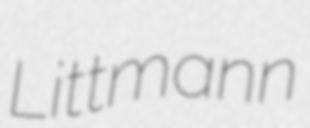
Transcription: Littmann